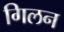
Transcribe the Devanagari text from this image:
गिलन